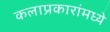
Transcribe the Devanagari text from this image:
कलाप्रकारांमध्ये